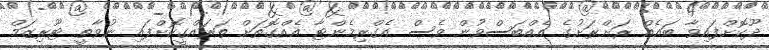
ދޫކޮށްފައިވާ ބައެއް ރަށްރަށުގެ އެއްބަސްވުން ވެސް އެގްރިމެންޓާ އެއްގޮތަށް ތަރައްގީކޮށްފައި ނުވާތީ ޓޫރިޒަމް